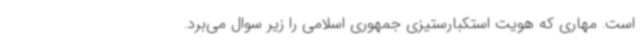
است. مهاری که هویت استکبارستیزی جمهوری اسلامی را زیر سوال می‌برد.